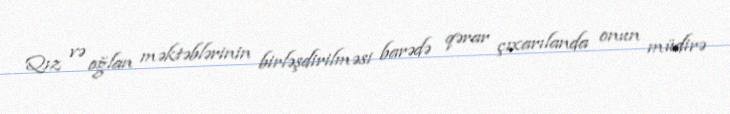
Qız və oğlan məktəblərinin birləşdirilməsi barədə qərar çıxarılanda onun müdirə